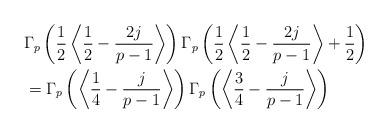
LaTeX: \begin{align*}&\Gamma_p\left(\frac{1}{2}\left\langle\frac{1}{2}-\frac{2j}{p-1}\right\rangle\right)\Gamma_p\left(\frac{1}{2}\left\langle\frac{1}{2}-\frac{2j}{p-1}\right\rangle+\frac{1}{2}\right)\\&=\Gamma_p\left(\left\langle\frac{1}{4}-\frac{j}{p-1}\right\rangle\right)\Gamma_p\left(\left\langle\frac{3}{4}-\frac{j}{p-1}\right\rangle\right)\end{align*}